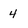
Character: 4